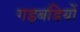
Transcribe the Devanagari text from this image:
गड़बडियों